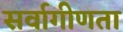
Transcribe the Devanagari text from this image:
सर्वागीणता